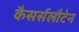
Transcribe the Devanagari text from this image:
कैसर्सलौटेन